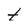
Character: t